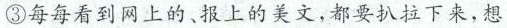
③每每看到网上的、报上的美文，都要扒拉下来，想